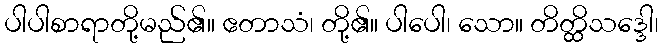
ပါပါစာရာတို့မည်၏။ ဧတာသံ၊ တို့၏။ ပါပေါ၊ သော။ တိတ္ထိသဒ္ဒေါ၊